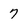
Character: 7